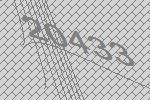
20433